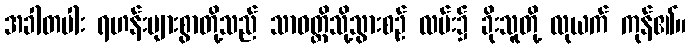
အခါတပါး ရဟန်းများစွာတို့သည် သာဝတ္ထိသို့သွားစဉ် လမ်း၌ ခိုးသူတို့ လုယက် ကုန်၏။